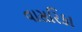
વાસરિકા